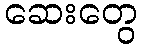
ဆေးတွေ